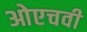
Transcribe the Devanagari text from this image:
ओएचवी